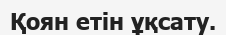
Қоян етін ұқсату.